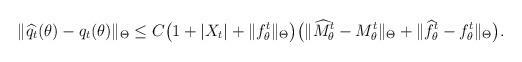
LaTeX: \begin{align*}\|\widehat{q_t}(\theta)-q_t(\theta)\|_\Theta\leq C\big( 1+ |X_t |+\|{f}_\theta^t\|_\Theta \big)\big(\|\widehat{M}_\theta^t-{M}_\theta^t\|_\Theta+\|\widehat{f}_\theta^t-{f}_\theta^t\|_\Theta\big).\end{align*}